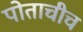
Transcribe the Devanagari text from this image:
पोताचीच